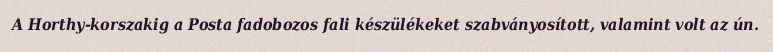
A Horthy-korszakig a Posta fadobozos fali készülékeket szabványosított, valamint volt az ún.